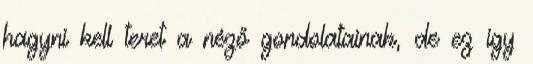
hagyni kell teret a néző gondolatainak, de ez így